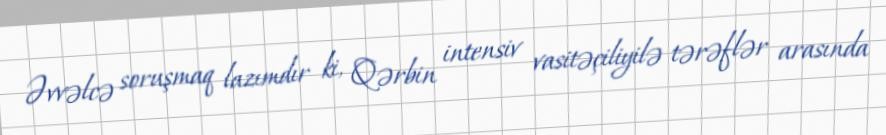
Əvvəlcə soruşmaq lazımdır ki, Qərbin intensiv vasitəçiliyilə tərəflər arasında